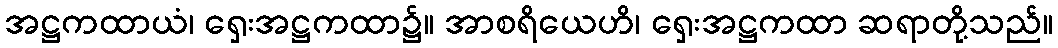
အဋ္ဌကထာယံ၊ ရှေးအဋ္ဌကထာ၌။ အာစရိယေဟိ၊ ရှေးအဋ္ဌကထာ ဆရာတို့သည်။